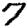
Digit: 7